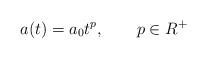
LaTeX: \begin{align*} a(t) =a_0 t^p, \qquad p \in R^+\end{align*}